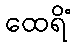
ထေရိံ